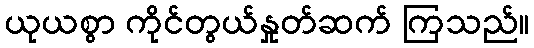
ယုယစွာ ကိုင်တွယ်နှုတ်ဆက် ကြသည်။